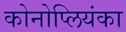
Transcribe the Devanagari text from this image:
कोनोप्लियंका